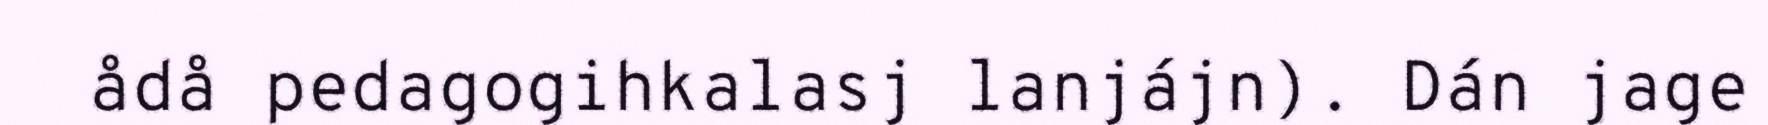
ådå pedagogihkalasj lanjájn). Dán jage